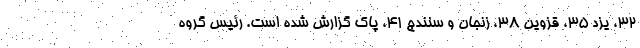
32، یزد 35، قزوین 38، زنجان و سنندج 41، پاک گزارش شده است. رئیس گروه